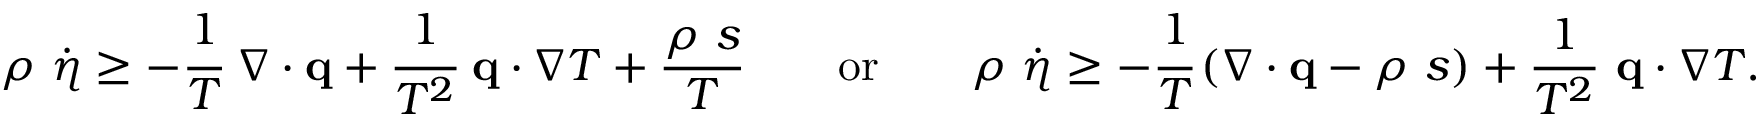
\rho ~ { \dot { \eta } } \geq - { \cfrac { 1 } { T } } ~ { \boldsymbol { \nabla } } \cdot \mathbf { q } + { \cfrac { 1 } { T ^ { 2 } } } ~ \mathbf { q } \cdot { \boldsymbol { \nabla } } T + { \frac { \rho ~ s } { T } } \qquad { \mathrm { o r } } \qquad \rho ~ { \dot { \eta } } \geq - { \cfrac { 1 } { T } } \left( { \boldsymbol { \nabla } } \cdot \mathbf { q } - \rho ~ s \right) + { \frac { 1 } { T ^ { 2 } } } ~ \mathbf { q } \cdot { \boldsymbol { \nabla } } T .